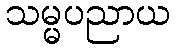
သမ္မပညာယ